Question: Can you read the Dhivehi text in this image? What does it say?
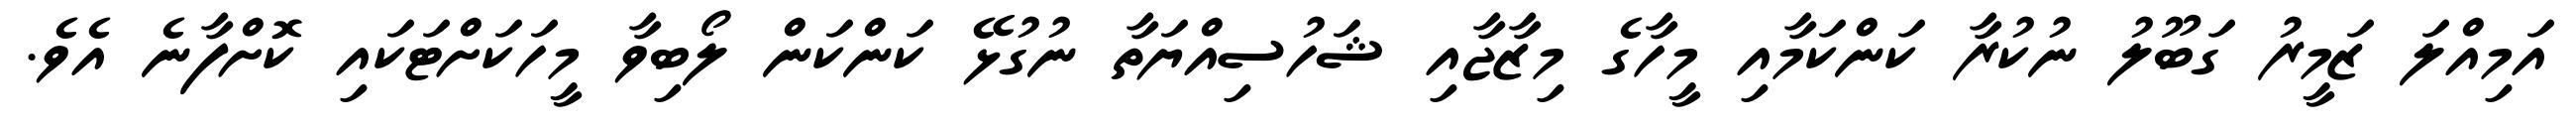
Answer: އަމިއްލަ ޒަމީރު ގަބޫލު ނުކުރާ ކަންކަމާއި މީހާގެ މިޒާޖާއި ޝަހުސިއްޔަތާ ނުގުޅޭ ކަންކަން ލޯބިވާ މީހަކަށްޓަކައި ކޮށްފާނެ އެވެ.